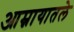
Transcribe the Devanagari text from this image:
आम्नायातले